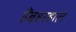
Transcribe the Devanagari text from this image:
हैंबहरहाल